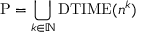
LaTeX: \mathrm { P } = \bigcup _ { k \in \mathbb { N } } \mathrm { D T I M E } ( n ^ { k } )